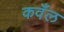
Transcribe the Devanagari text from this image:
कवँल